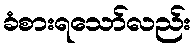
ခံစားရသော်လည်း